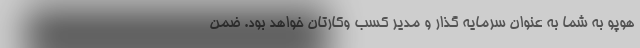
هوپو به شما به عنوان سرمایه گذار و مدیر کسب وکارتان خواهد بود. ضمن